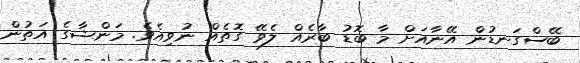
ބޭސްގަނޑުން އޭނާއަށް މާ ބޮޑު ބާރެއް ލެވޭ ގޮތެއް ނުވިއެވެ. މަންޝާގެ އަތުން